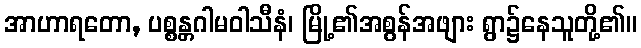
အာဟာရတော, ပစ္စန္တဂါမဝါသီနံ၊ မြို့၏အစွန်အဖျား ရွာ၌နေသူတို့၏။